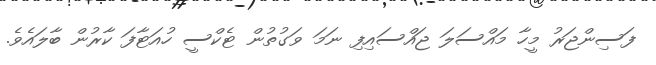
ފަސިންޖަރު މީހާ މައްސަލަ ޖައްސައިފި ނަމަ ވަގުތުން ޓެކްސީ ހުއަޓާފަ ކާރުން ބާލައެވެ.